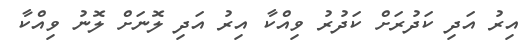
އިރު އަދި ކަދުރަށް ކަދުރު ވިއްކާ އިރު އަދި ލޮނަށް ލޮނު ވިއްކާ